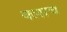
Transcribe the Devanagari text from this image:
क्लाच